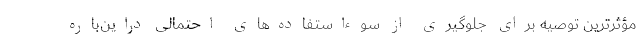
مؤثرترین توصیه برای جلوگیری از سوءاستفاده‌های احتمالی دراین‌باره